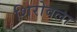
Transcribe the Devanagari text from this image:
शिरोवला